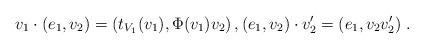
LaTeX: \begin{align*} v_1 \cdot (e_1,v_2) = (t_{V_1}(v_1),\Phi(v_1)v_2) \, , (e_1,v_2) \cdot v_2'=(e_1,v_2 v_2')\;.\end{align*}